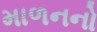
માળનનો